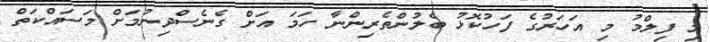
މި ފިލްމު މި އަހަރުގެ ފަހުކޮޅު ބެލުންތެރިންނާ ހަމަ އަށް ގެނެސްދިނުމަށް މަސައްކަތް